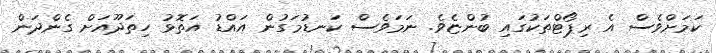
ކަމަށްވެސް އެ ރިޕޯޓްތަކުގައި ބުންޏެވެ. ނަމަވެސް ކަނޑުމަގުން އައްޑު އަތޮޅު ހިތަދޫއަށް ގެންދަން